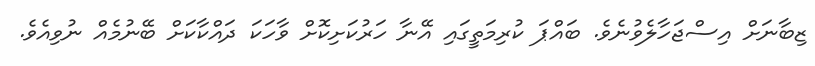
ޒިބާނަށް އިސްޖަހާލެވުނެވެ. ބައްޕަ ކުރިމަތީގައި އޭނާ ހަރުކަށިކޮށް ވާހަކަ ދައްކާކަށް ބޭނުމެއް ނުވިއެވެ.